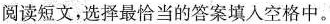
阅读短文,选择最恰当的答案填入空格中。